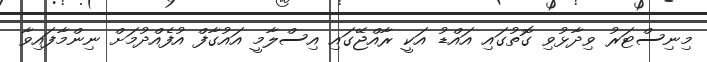
މިނިސްޓަރު ވިދާޅުވި ގޮތުގައި އައްޑު އަކީ ރާއްޖޭގައި އިސްލާމީ އައުގާފް އުފެއްދުމަށް ނިންމާފައިވާ